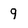
Character: 9